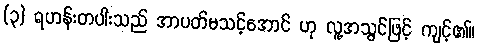
(၃) ရဟန်းတပါးသည် အာပတ်မသင့်အောင် ဟု လူ့အသွင်ဖြင့် ကျင့်၏။